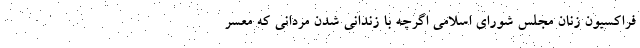
فراکسیون زنان مجلس شورای اسلامی اگرچه با زندانی شدن مردانی که معسر